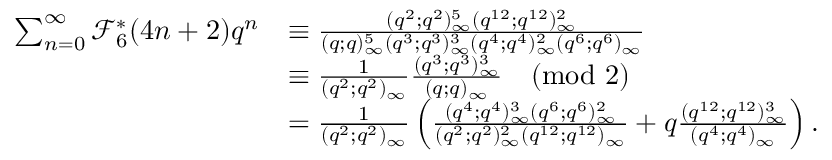
\begin{array} { r l } { \sum _ { n = 0 } ^ { \infty } \mathcal { F } _ { 6 } ^ { * } ( 4 n + 2 ) q ^ { n } } & { \equiv \frac { ( q ^ { 2 } ; q ^ { 2 } ) _ { \infty } ^ { 5 } ( q ^ { 1 2 } ; q ^ { 1 2 } ) _ { \infty } ^ { 2 } } { ( q ; q ) _ { \infty } ^ { 5 } ( q ^ { 3 } ; q ^ { 3 } ) _ { \infty } ^ { 3 } ( q ^ { 4 } ; q ^ { 4 } ) _ { \infty } ^ { 2 } ( q ^ { 6 } ; q ^ { 6 } ) _ { \infty } } } \\ & { \equiv \frac { 1 } { ( q ^ { 2 } ; q ^ { 2 } ) _ { \infty } } \frac { ( q ^ { 3 } ; q ^ { 3 } ) _ { \infty } ^ { 3 } } { ( q ; q ) _ { \infty } } \pmod 2 } \\ & { = \frac { 1 } { ( q ^ { 2 } ; q ^ { 2 } ) _ { \infty } } \left( \frac { ( q ^ { 4 } ; q ^ { 4 } ) _ { \infty } ^ { 3 } ( q ^ { 6 } ; q ^ { 6 } ) _ { \infty } ^ { 2 } } { ( q ^ { 2 } ; q ^ { 2 } ) _ { \infty } ^ { 2 } ( q ^ { 1 2 } ; q ^ { 1 2 } ) _ { \infty } } + q \frac { ( q ^ { 1 2 } ; q ^ { 1 2 } ) _ { \infty } ^ { 3 } } { ( q ^ { 4 } ; q ^ { 4 } ) _ { \infty } } \right) . } \end{array}